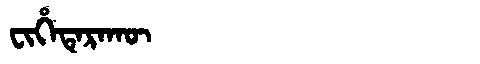
Manchu: ᠸᡳᡥᡝᡨᡝᡵᠠᡴᡡ
Romanization: FIHETERAKŪ